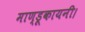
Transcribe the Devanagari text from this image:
माण्डूकायनी।